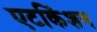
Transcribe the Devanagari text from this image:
एटकिंशन